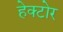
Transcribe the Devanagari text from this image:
हेक्टोर